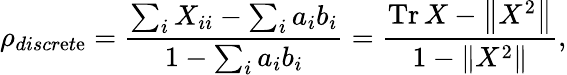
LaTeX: \rho_{discr\mathrm{e}t\mathrm{e}}=\frac{{\sum_{i}X_{ii}-\sum_{i}a_{i}b_{i}}}{{1-\sum_{i}a_{i}b_{i}}}=\frac{{\operatorname{Tr}X-\left\| X^{2}\right\| }}{{1-\left\| X^{2}\right\| }},